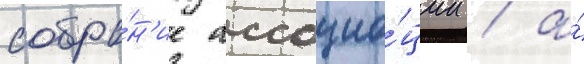
собра́н'ие ассоциа́ции / а́